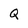
Character: Q